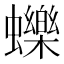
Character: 𧔉